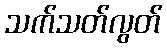
သက်သတ်လွတ်